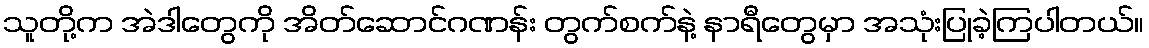
သူတို့က အဲဒါတွေကို အိတ်ဆောင်ဂဏန်း တွက်စက်နဲ့ နာရီတွေမှာ အသုံးပြုခဲ့ကြပါတယ်။